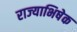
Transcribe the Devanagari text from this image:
राज्‍याभिषेक